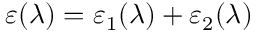
\varepsilon ( \lambda ) = \varepsilon _ { 1 } ( \lambda ) + \varepsilon _ { 2 } ( \lambda )